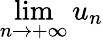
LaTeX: \lim\limits_{n\rightarrow+\infty}u_{n}